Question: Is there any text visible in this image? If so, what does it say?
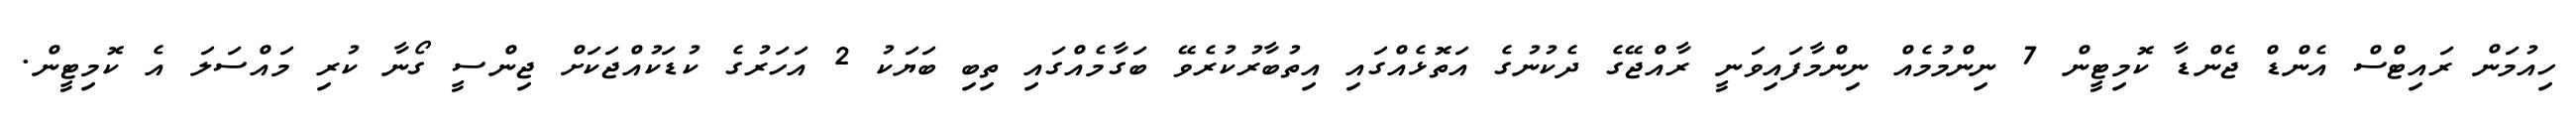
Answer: ހިއުމަން ރައިޓްސް އެންޑް ޖެންޑާ ކޮމިޓީން 7 ނިންމުމެއް ނިންމާފައިވަނީ ރާއްޖޭގެ ދެކުނުގެ އަތޮޅެއްގައި އިތުބާރުކުރެވޭ ބަގާމެއްގައި ތިބި ބަޔަކު 2 އަހަރުގެ ކުޑަކުއްޖަކަށް ޖިންސީ ގޯނާ ކުރި މައްސަލަ އެ ކޮމިޓީން.